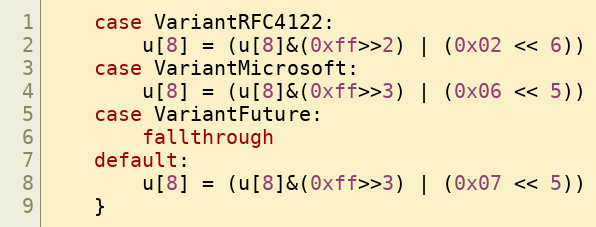
Language: Go
	case VariantRFC4122:
		u[8] = (u[8]&(0xff>>2) | (0x02 << 6))
	case VariantMicrosoft:
		u[8] = (u[8]&(0xff>>3) | (0x06 << 5))
	case VariantFuture:
		fallthrough
	default:
		u[8] = (u[8]&(0xff>>3) | (0x07 << 5))
	}